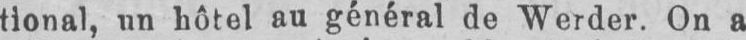
tional, un hôtel au général de Werder. On a